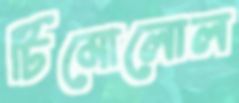
টিমোলোল